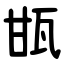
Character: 㽍